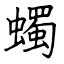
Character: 蠋